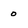
Character: o